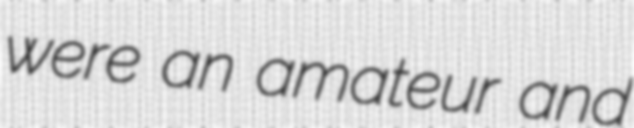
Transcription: were an amateur and